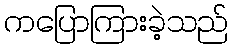
ကပြောကြားခဲ့သည်